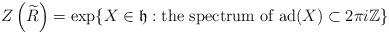
LaTeX: \begin{align*}Z\left(\widetilde{R}\right) = \exp\{X \in \mathfrak{h} : \mbox{the spectrum of } \mathrm{ad}(X) \subset 2\pi i \mathbb{Z} \}\end{align*}